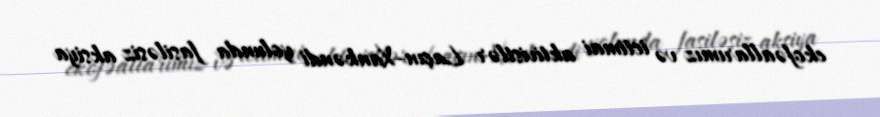
ekofəallarımız və ictimai aktivistlər Laçın-Xankəndi yolunda fasiləsiz aksiya